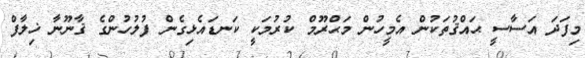
މިފަދަ އަސާސީ ޙައްޤުތަކުން އެމީހުން މަޙްރޫމް ކުރުމަކީ ކަނޑައެޅިގެން ފުލުހުންގެ ޤާނޫނާ ޚިލާފް